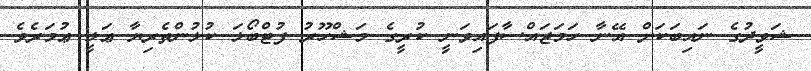
ޝަވީދުގެ ނައިބަކަށް އޭނާ ހަމަޖައްސާފައިވަނީ ކުރީގެ މަޝްހޫރު ފުޓްބޯޅަ ކުޅުންތެރިޔާ ޢަލީ ޢުމަރެވެ.